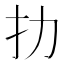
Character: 扐